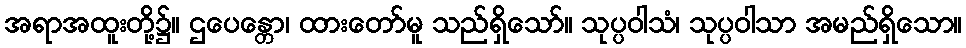
အရာအထူးတို့၌။ ဌပေန္တော၊ ထားတော်မူ သည်ရှိသော်။ သုပ္ပဝါသံ၊ သုပ္ပဝါသာ အမည်ရှိသော။